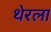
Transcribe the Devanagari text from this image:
थेरला